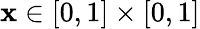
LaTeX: \textbf{x}\in[0,1]\times[0,1]